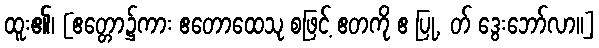
ထူး၏၊ [ဧတ္တော၌ကား ဧတောထေသု စဖြင့် ဧတကို ဧ ပြု, တ် ဒွေးဘော်လာ။]